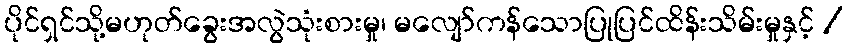
ပိုင်ရှင်သို့မဟုတ်ခွေးအလွဲသုံးစားမှု၊ မလျော်ကန်သောပြုပြင်ထိန်းသိမ်းမှုနှင့် /